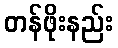
တန်ဖိုးနည်း